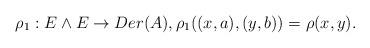
LaTeX: \begin{align*}\rho_1 : E\wedge E \rightarrow Der(A), \rho_1((x, a),(y, b)) = \rho(x, y).\end{align*}